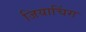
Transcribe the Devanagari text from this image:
जियाचिंग